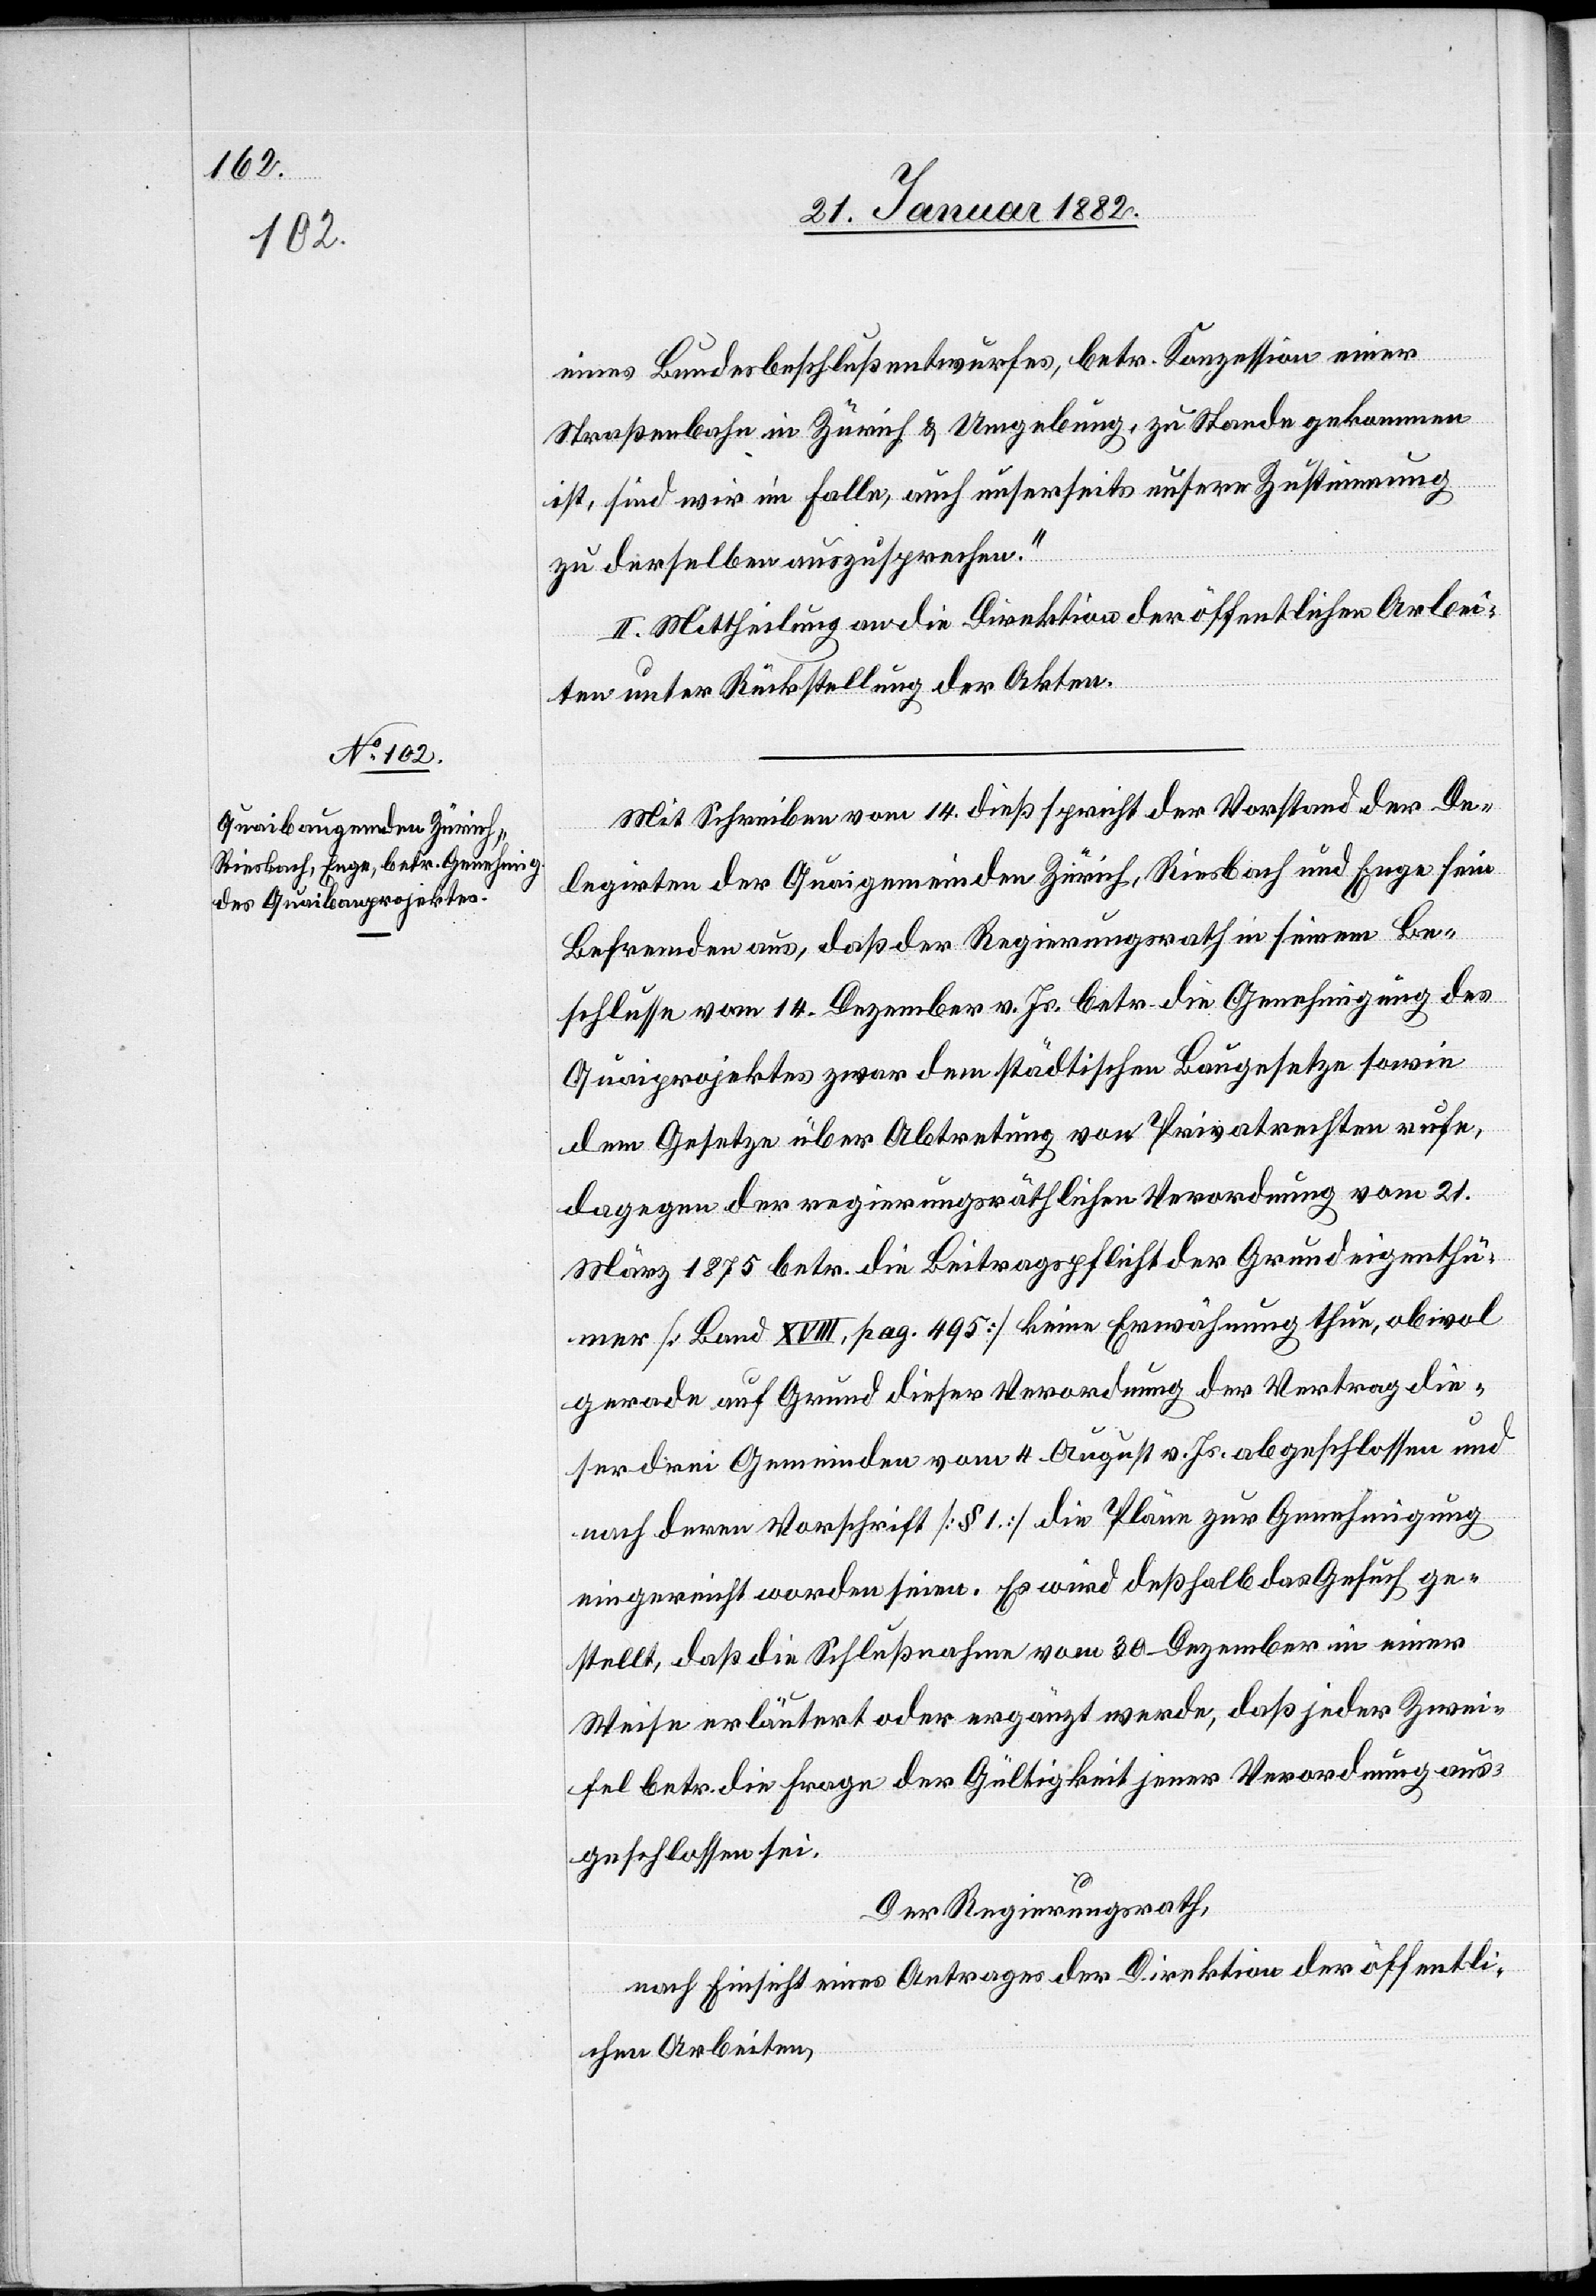
vom 21.

eines Bundesbeschlußentwurfes, betr. Konzession einer
Straßenbahn in Zürich & Umgebung, zu Stande gekommen
ist, sind wir im Falle, auch unsererseits unsere Zustimmung
zu derselben auszusprechen.“
II. Mittheilung an die Direktion der öffentlichen Arbei¬
ten unter Rückstellung der Akten.
Mit Schreiben vom 14. dieß spricht der Vorstand der De¬
legirten der Quaigemeinden Zürich, Riesbach und Enge sein
Befremden aus, daß der Regierungsrath in seinem Be¬
schlusse vom 14. Dezember v. Js. betr. die Genehmigung des
Quaiprojektes zwar dem städtischen Baugesetze sowie
dem Gesetze über Abtretung von Privatrechten rufe,
März 1875 betr. die Beitragspflicht der Grundeigenthü¬
mer [Land XVIII, pag. 495] keine Erwähnung thun, obwol
gerade auf Grund dieser Verordnung der Vertrag die¬
ser drei Gemeinden vom 4. August v. Js. abgeschlossen und
nach deren Vorschrift [§ 1.] die Pläne zur Genehmigung
eingereicht worden seien. Es wird deßhalb das Gesuch ge¬
stellt, daß die Schlußnahme vom 30. Dezember in einer
Weise erläutert oder ergänzt werde, daß jeder Zwei¬
fel betr. die Frage der Gültigkeit jener Verordnung aus¬
geschlossen sei.
Der Regierungsrath,
nach Einsicht eines Antrages der Direktion der öffentli¬
chen Arbeiten,